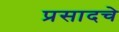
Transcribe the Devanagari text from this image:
प्रसादचे